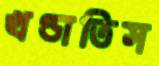
খণ্ডাতিস